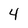
Character: 4